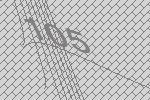
105